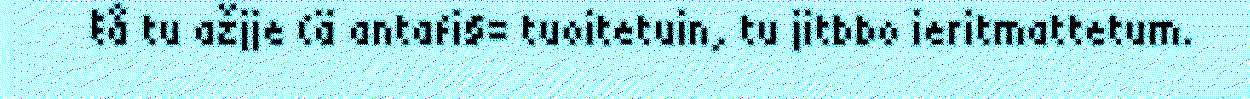
ŧå tu ažjje (ä antafi§= tuoitetuin, tu jitbbo ieritmattetum.